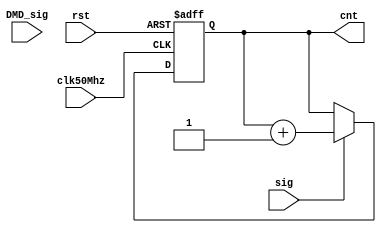
module counter_16bit(
  input wire clk50Mhz,
  input wire DMD_sig,
  input wire sig,
  input wire rst,
  output reg [15:0] cnt=0
  );
   
always@(posedge clk50Mhz or posedge rst)
  
begin
  
  if(rst) cnt <= 0;

  else if(sig) cnt <= cnt + 1; 

  end

 endmodule